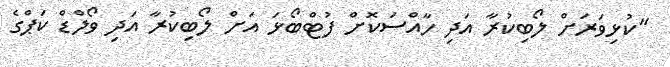
"ކުޅިވަރަށް ލޯބިކުރާ އަދި ހާއްސަކޮށް ފުޓްބޯޅަ އަށް ލޯބިކުރާ އަދި ވޯލްޑް ކަޕްގެ